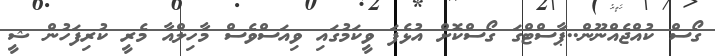
ގޯސް ކުއްޖެއްނޫން..ޕާސްޓްގަ ގޯސްކޮށް އުޅެފަ ވީކަމުގައި ވިއަސްވެސް މާހިލްއާ މެރީ ކުރިފަހުން ޝީ